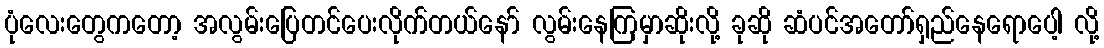
ပုံလေးတွေကတော့ အလွမ်းပြေတင်ပေးလိုက်တယ်နော် လွမ်းနေကြမှာဆိုးလို့ ခုဆို ဆံပင်အတော်ရှည်နေရောပေါ့ လို့